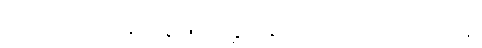
သုံးပါးသောကုနဝတ္တုဖြင့်မလွှားခြင်းလည်းကောင်း။ လပနံ၊